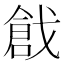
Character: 戧